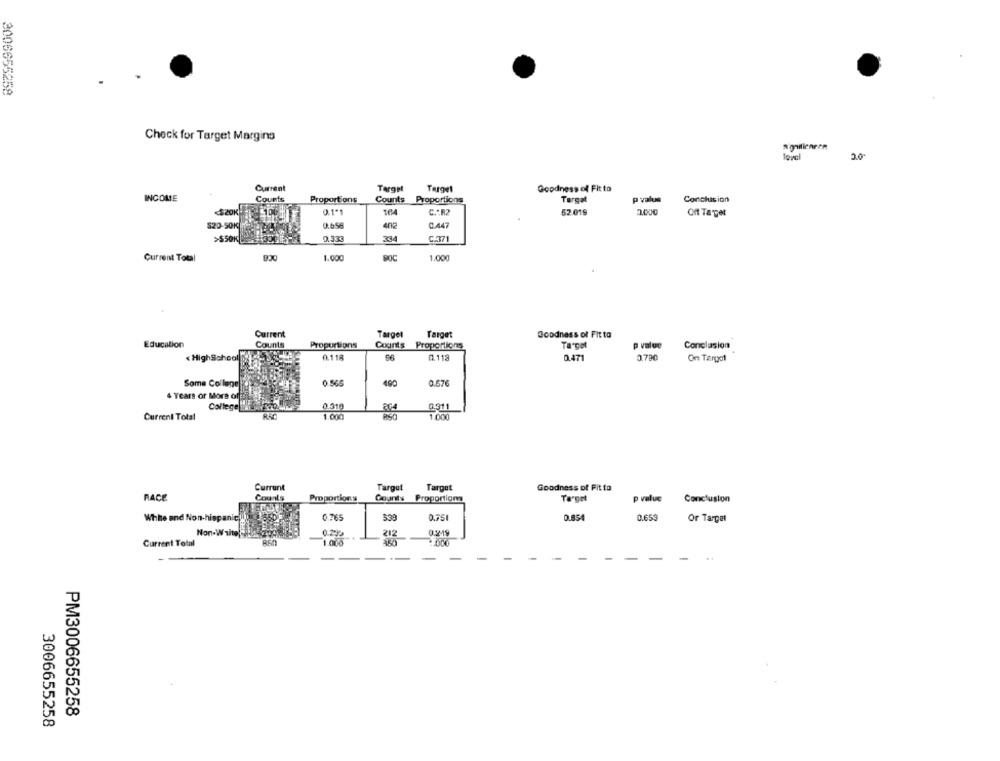
Check for Target Margina
20
Current
Target
Target
Goodness of Fit to
INCOME
Courts
Proportions
Counts
Proportions
Target
p value
Conclusion
<SZOK
0.1'1
C .: R2
52.019
Off Target
$20-50K
0.656
eng
CA47
334
>SSOK
0.333
C.371
Current Total
1.000
1.000
Current
Target
Target
Goodness of Fit to
Education
Counts
Proportions
Counts Proportions
Target
p value
Conclusion
« HighSchool
0.118
0.118
0.471
3.790
On Targol
Some Collego
0.676
4 Years or More ofBR
College 2 1 499at
0.319
0.311
Current Total
1.000
1.000
Current
Target
Targut
Goodness of Fit to
RACE
Counts
Proportions
Counts Proportion
Target
p value
Conclusion
White and Non-hispanic!
0.765
530
0.751
0.854
0.653
Or Target
212
4.000
Current Total
100%
-
-
-
- -
PM3006655258
3006655258